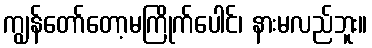
ကျွန်တော်တော့မကြိုက်ပေါင်၊ နားမလည်ဘူး။